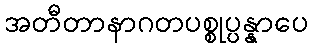
အတီတာနာဂတပစ္စုပ္ပန္နာပေ